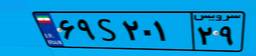
۸۲S۷۸۳۰۶